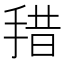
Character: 𰓽